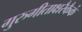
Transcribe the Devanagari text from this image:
गुरुगीताक्षरैकैकं